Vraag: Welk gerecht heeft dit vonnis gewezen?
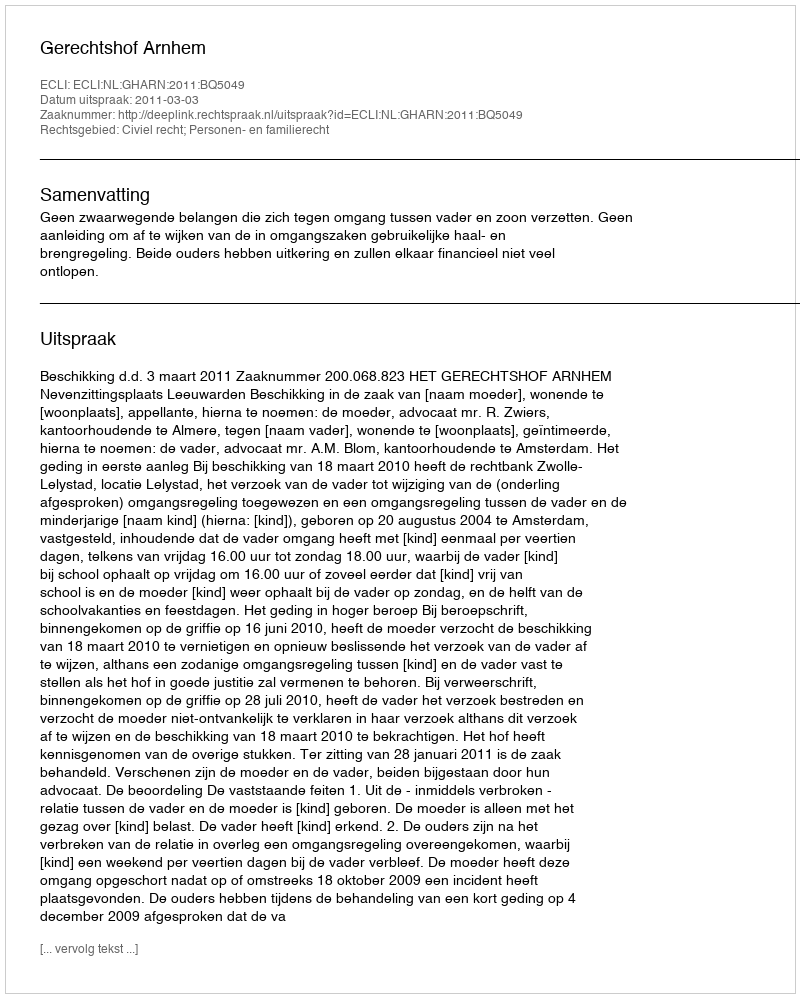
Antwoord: Gerechtshof Arnhem